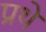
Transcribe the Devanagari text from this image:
प्रथे